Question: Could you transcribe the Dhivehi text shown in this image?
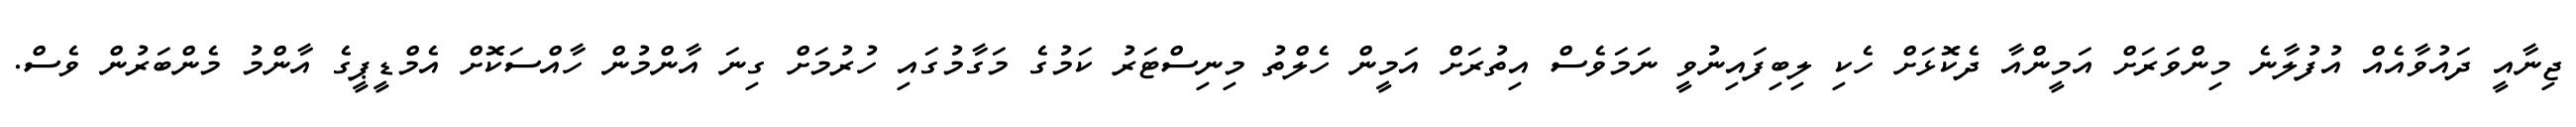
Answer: ޖިނާއީ ދައުވާއެއް އުފުލާނެ މިންވަރަށް އަމީންއާ ދެކޮޅަށް ހެކި ލިބިފައިނުވީ ނަމަވެސް އިތުރަށް އަމީން ހެލްތު މިނިސްޓަރު ކަމުގެ މަގާމުގައި ހުރުމަށް ގިނަ އާންމުން ހާއްސަކޮށް އެމްޑީޕީގެ އާންމު މެންބަރުން ވެސް.